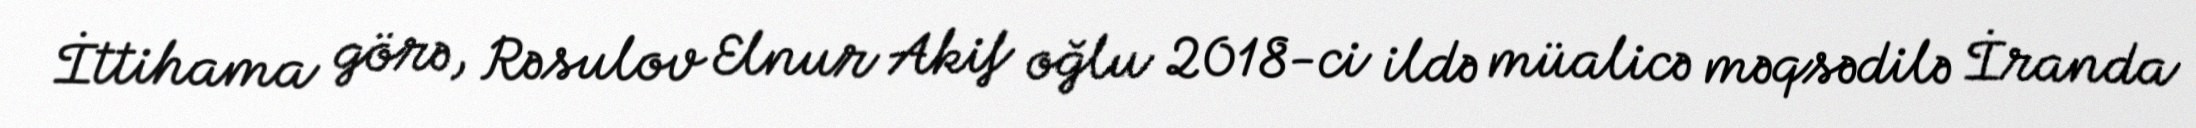
İttihama görə, Rəsulov Elnur Akif oğlu 2018-ci ildə müalicə məqsədilə İranda